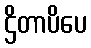
ဌိတာပိပေ